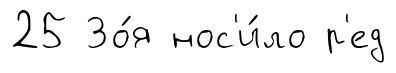
25 Зо́я нос'и́ло р'ед